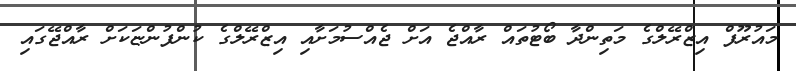
މައުރޫފް އިޒްރޭލްގެ މަތިންދާ ބޯޓުތައް ރާއްޖެ އަށް ޖެއްސުމަށާއި އިޒްރޭލްގެ ކުންފުންޏަކަށް ރާއްޖޭގައި